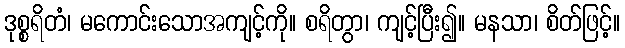
ဒုစ္စရိတံ၊ မကောင်းသောအကျင့်ကို။ စရိတွာ၊ ကျင့်ပြီး၍။ မနသာ၊ စိတ်ဖြင့်။